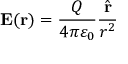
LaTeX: \mathbf { E } ( \mathbf { r } ) = { \frac { Q } { 4 \pi \varepsilon _ { 0 } } } { \frac { \hat { \mathbf { r } } } { r ^ { 2 } } }